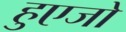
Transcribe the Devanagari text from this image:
हुएजो